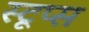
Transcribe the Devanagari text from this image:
स्टूप्स